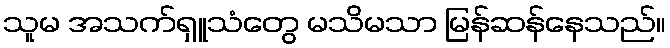
သူမ အသက်ရှူသံတွေ မသိမသာ မြန်ဆန်နေသည်။